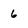
Character: 6